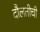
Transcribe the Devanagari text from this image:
दौलतीची